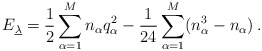
\begin{align*}E_{\underline{\lambda}} = \frac{1}{2} \sum_{\alpha=1}^M n_{\alpha} q_{\alpha}^2 - \frac{1}{24}\sum_{\alpha=1}^M (n_{\alpha}^3-n_{\alpha})\,.\end{align*}